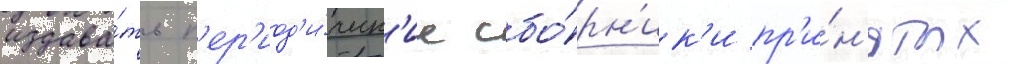
издава́ть п'ер'иод'и́ческ'ие сбо́рн'ик'и пр'и́н'ятых